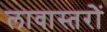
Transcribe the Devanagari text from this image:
लावास्तरोें